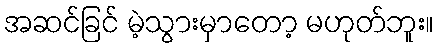
အဆင်ခြင် မဲ့သွားမှာတော့ မဟုတ်ဘူး။